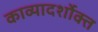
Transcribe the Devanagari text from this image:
काव्यादर्शोक्त